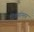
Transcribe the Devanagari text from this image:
दिवसांनतर